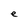
Character: e